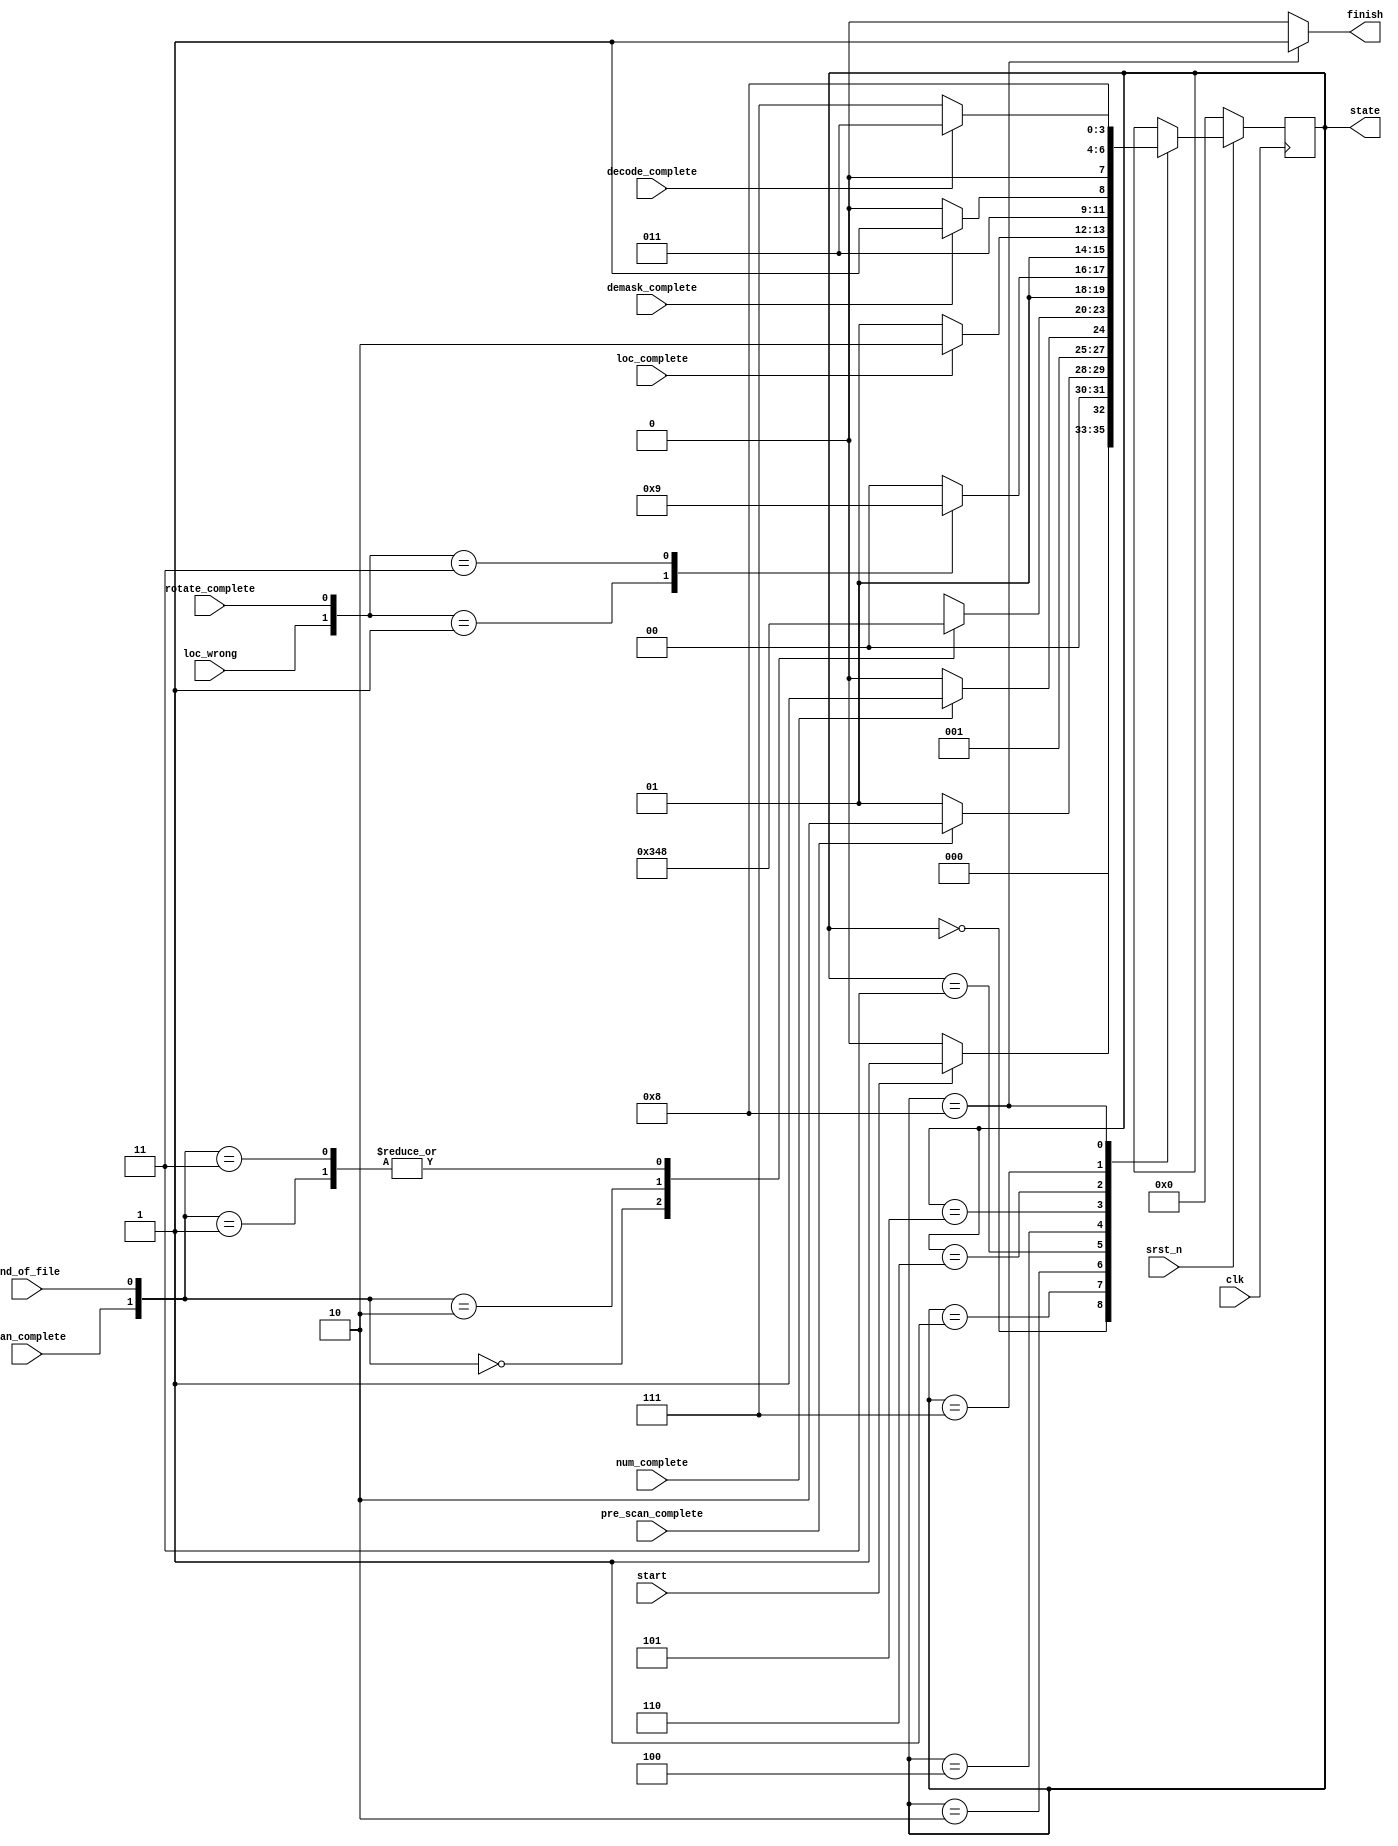
module FSM(
    input clk,
    input srst_n,             
    input start,     
    input rotate_complete,
    input scan_complete,                    
    input demask_complete,
    input decode_complete,   
    input loc_wrong,   
    input loc_complete,
    input pre_scan_complete,
    input end_of_file,
    input num_complete,
    output reg [3:0] state,
    output reg finish
         
);

parameter IDLE = 4'd0, PRE_SCAN = 4'd1, NUM = 4'd2, SCAN = 4'd3, ROTATE = 4'd4, LOC = 4'd5, DEMASK = 4'd6, DECODE = 4'd7, FINISH = 4'd8;
reg [3:0] n_state;

always@*
  case(state)
    IDLE: n_state = (start)? PRE_SCAN : IDLE; 
    PRE_SCAN: n_state = (pre_scan_complete)? NUM : PRE_SCAN; 
    NUM: n_state = (num_complete)? SCAN : NUM;
    SCAN: //n_state = (scan_complete)? ROTATE : SCAN;
      case({scan_complete, end_of_file})
        2'b00: n_state = SCAN;
        2'b10: n_state = ROTATE;
        2'b01: n_state = FINISH;
        2'b11: n_state = FINISH;
        default: n_state = ROTATE;
      endcase
    ROTATE: //n_state = (rotate_complete)? DEMASK : ROTATE; 
      case({loc_wrong, rotate_complete})
        2'b00: n_state = ROTATE;
        2'b01: n_state = DEMASK;
        2'b11: n_state = LOC;
        default: n_state = ROTATE;
      endcase
    LOC: n_state = (loc_complete)? DEMASK : LOC;
    DEMASK: n_state = (demask_complete)? DECODE : DEMASK;
    DECODE: n_state = (decode_complete)? SCAN : DECODE;
    FINISH: n_state = FINISH;
    default: n_state = state;
  endcase

always@(posedge clk)
  if(~srst_n)
    state <= 0;
  else
    state <= n_state;

always@*
  if(state == FINISH)
    finish = 1;
  else
    finish = 0;


endmodule